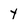
Character: Y